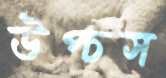
উপ্‌চস